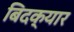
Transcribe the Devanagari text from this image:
बिदक्यार